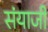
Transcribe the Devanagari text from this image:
संयाजी